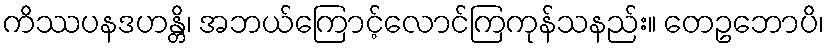
ကိဿပနဒဟန္တိ၊ အဘယ်ကြောင့်လောင်ကြကုန်သနည်း။ တေဥဘောပိ၊